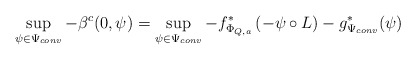
\begin{align*}\sup_{\psi\in\Psi_{conv}} - \beta^c (0,\psi) & =\sup_{\psi\in\Psi_{conv}} -f^*_{\Phi_{Q,a}} \left(- \psi\circ L \right) -g^{*}_{\Psi_{conv}} (\psi) \end{align*}